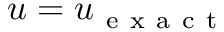
u = u _ { \mathrm { ~ e ~ x ~ a ~ c ~ t ~ } }